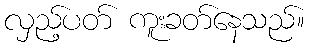
လှည့်ပတ် ကူးခတ်နေသည်။